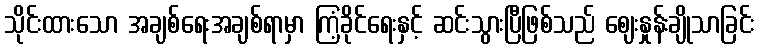
သိုင်းထားသော အချစ်ရေးအချစ်ရာမှာ ကြံ့ခိုင်ရေးနှင့် ဆင်းသွားပြီဖြစ်သည် ဈေးနှုန်းချိုသာခြင်း